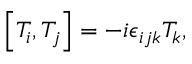
\left[ T _ { i } , T _ { j } \right] = - i \epsilon _ { i j k } T _ { k } ,